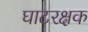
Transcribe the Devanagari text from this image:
घाटरक्षक